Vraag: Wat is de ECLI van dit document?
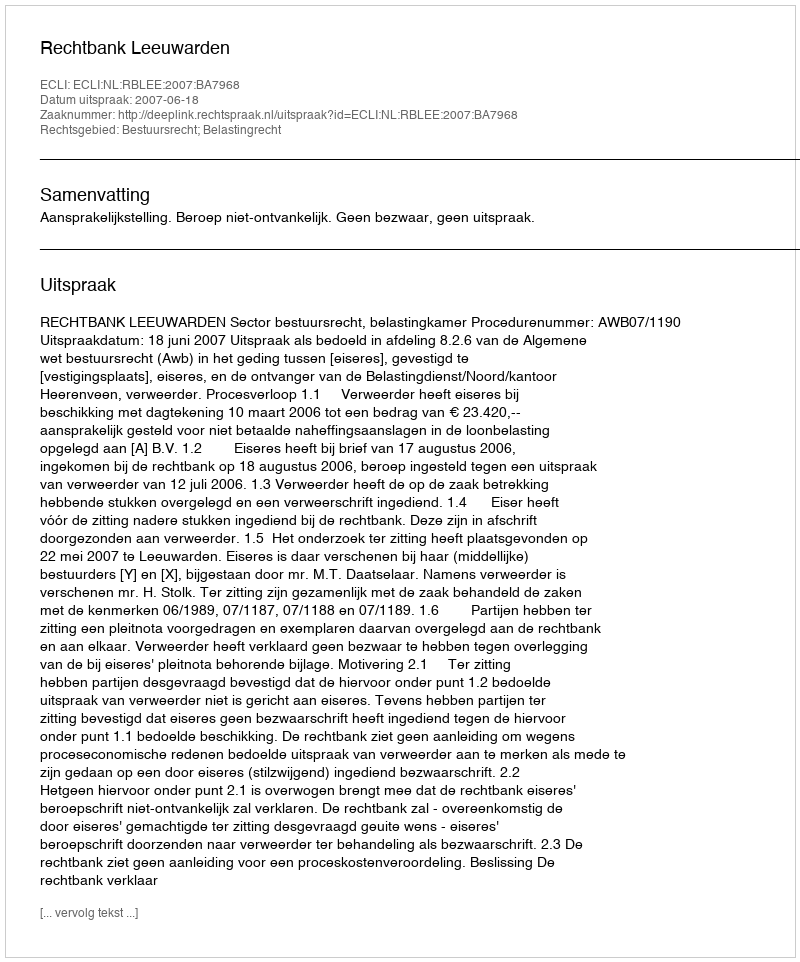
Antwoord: ECLI:NL:RBLEE:2007:BA7968